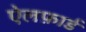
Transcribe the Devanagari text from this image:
ऐलफ़ार्ड